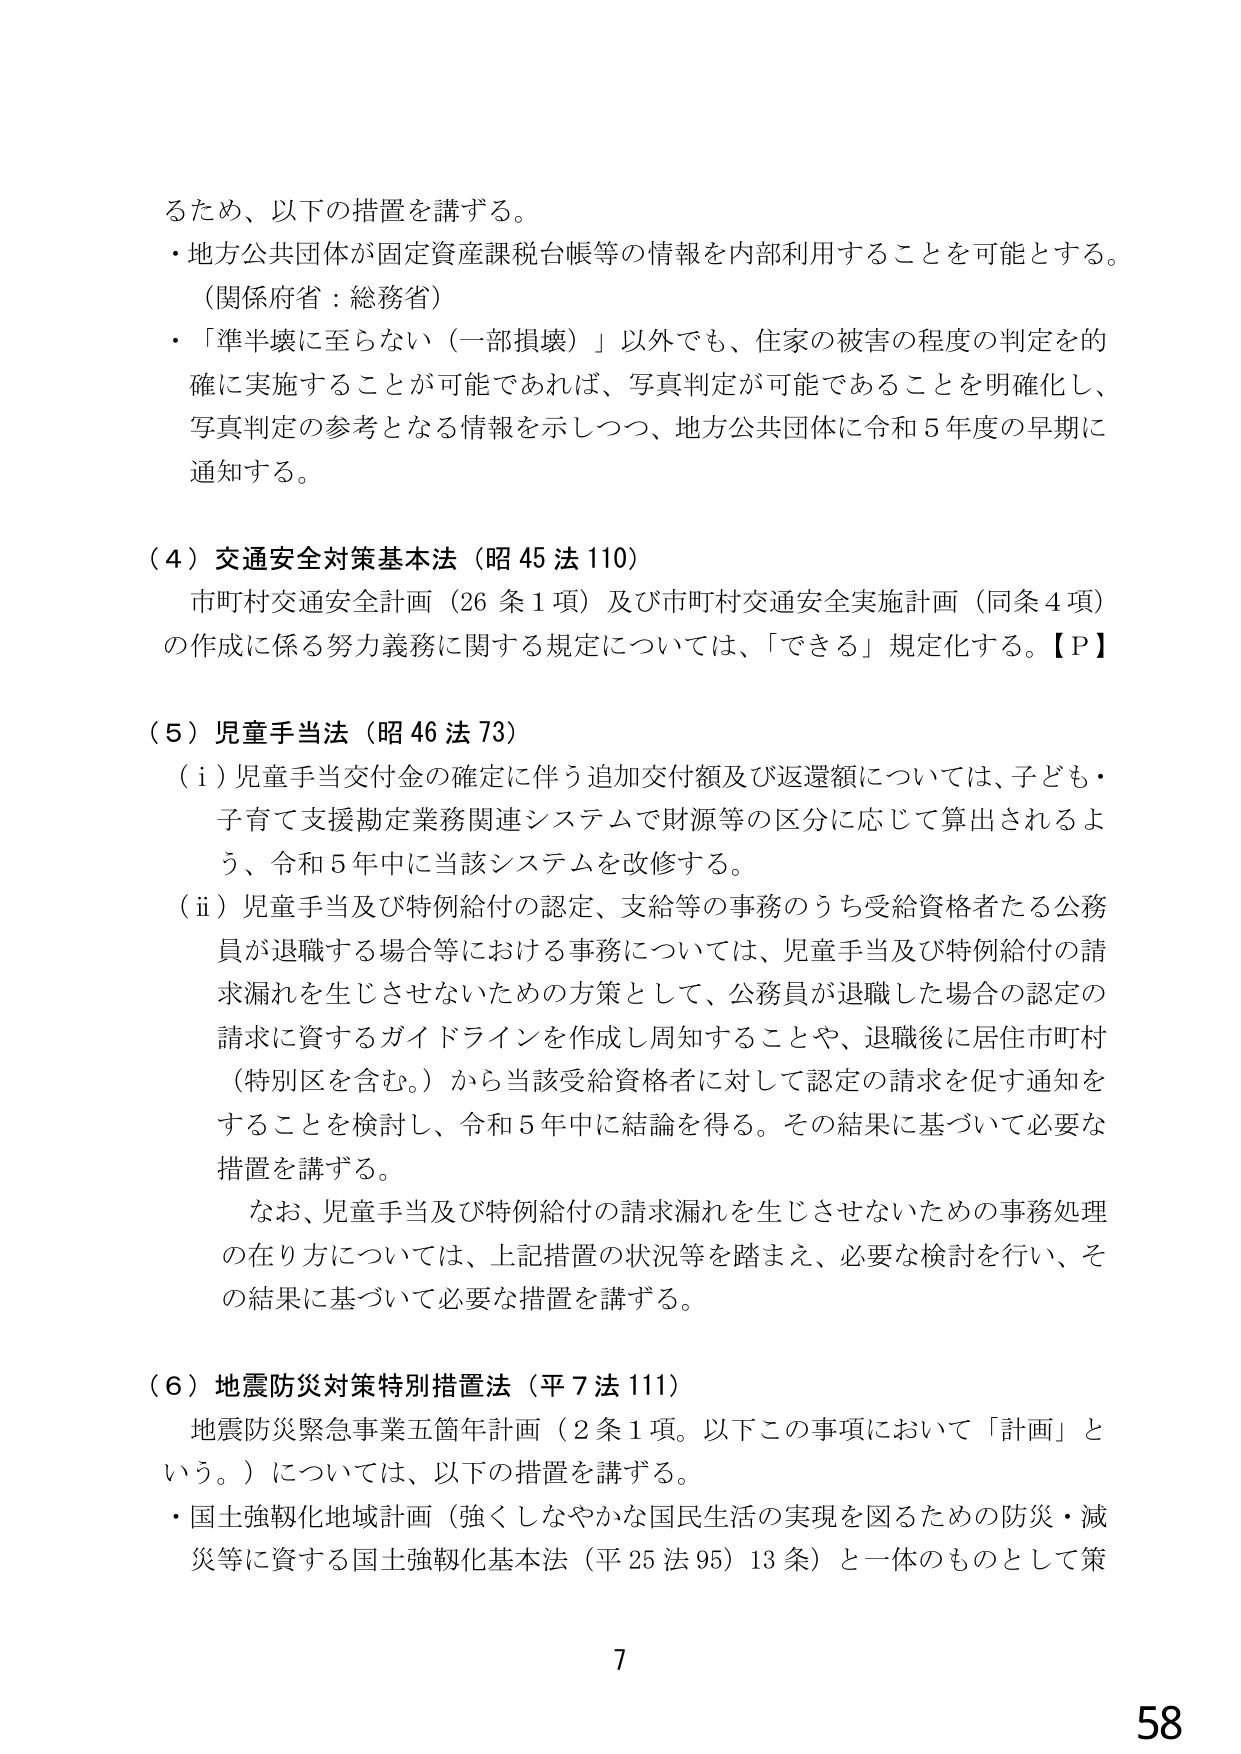
るため、以下の措置を講ずる。
・地方公共団体が固定資産課税台帳等の情報を内部利用することを可能とする。
（関係府省：総務省）
・「準半壊に至らない（一部損壊）」以外でも、住家の被害の程度の判定を的確に実施することが可能であれば、写真判定が可能であることを明確化し、写真判定の参考となる情報を示しつつ、地方公共団体に令和５年度の早期に通知する。

（４）交通安全対策基本法（昭４５法１１０）
市町村交通安全計画（２６条１項）及び市町村交通安全実施計画（同条４項）の作成に係る努力義務に関する規定については、「できる」規定化する。【Ｐ】

（５）児童手当法（昭４６法７３）
（ⅰ）児童手当交付金の確定に伴う追加交付額及び返還額については、子ども・子育て支援勘定業務関連システムで財源等の区分に応じて算出されるよう、令和５年中に当該システムを改修する。
（ⅱ）児童手当及び特例給付の認定、支給等の事務のうち受給資格者たる公務員が退職する場合等における事務については、児童手当及び特例給付の請求漏れを生じさせないための方策として、公務員が退職した場合の認定の請求に資するガイドラインを作成し周知することや、退職後に居住市町村（特別区を含む。）から当該受給資格者に対して認定の請求を促す通知をすることを検討し、令和５年中に結論を得る。その結果に基づいて必要な措置を講ずる。
　　なお、児童手当及び特例給付の請求漏れを生じさせないための事務処理の在り方については、上記措置の状況等を踏まえ、必要な検討を行い、その結果に基づいて必要な措置を講ずる。

（６）地震防災対策特別措置法（平７法１１１）
　地震防災緊急事業五箇年計画（２条１項。以下この事項において「計画」という。）については、以下の措置を講ずる。
・国土強靭化地域計画（強くしなやかな国民生活の実現を図るための防災・減災等に資する国土強靭化基本法（平２５法９５）１３条）と一体のものとして策

7
58